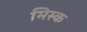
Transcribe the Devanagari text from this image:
मिस्क